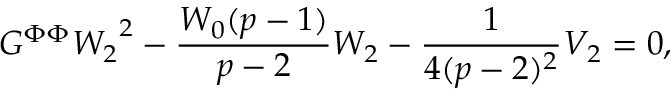
G ^ { \Phi \Phi } { W _ { 2 } } ^ { 2 } - \frac { W _ { 0 } ( p - 1 ) } { p - 2 } W _ { 2 } - \frac { 1 } { 4 ( p - 2 ) ^ { 2 } } V _ { 2 } = 0 ,